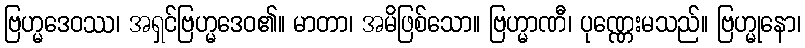
ဗြဟ္မဒေဝဿ၊ အရှင်ဗြဟ္မဒေဝ၏။ မာတာ၊ အမိဖြစ်သော။ ဗြဟ္မာဏီ၊ ပုဏ္ဏေးမသည်။ ဗြဟ္မုနော၊